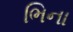
ભિના